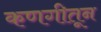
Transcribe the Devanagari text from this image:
कणगीतून